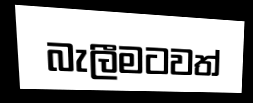
බැලීමටවත්